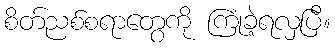
စိတ်ညစ်စရာတွေကို ကြုံခဲ့ရလှပြီ။